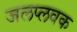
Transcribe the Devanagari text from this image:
जलप्लवक